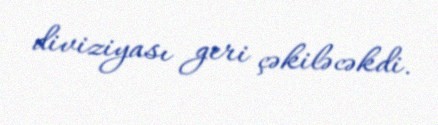
diviziyası geri çəkiləcəkdi.